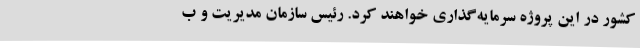
کشور در این پروژه سرمایه‌گذاری خواهند کرد. رئیس سازمان مدیریت و ب